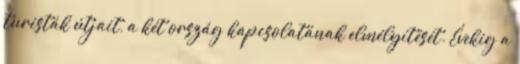
turisták útjait, a két ország kapcsolatának elmélyítését. Évekig a